Civil Veterinary Department. Madras. Admin. report 1926-33 - 1926-1933
Year: 1926
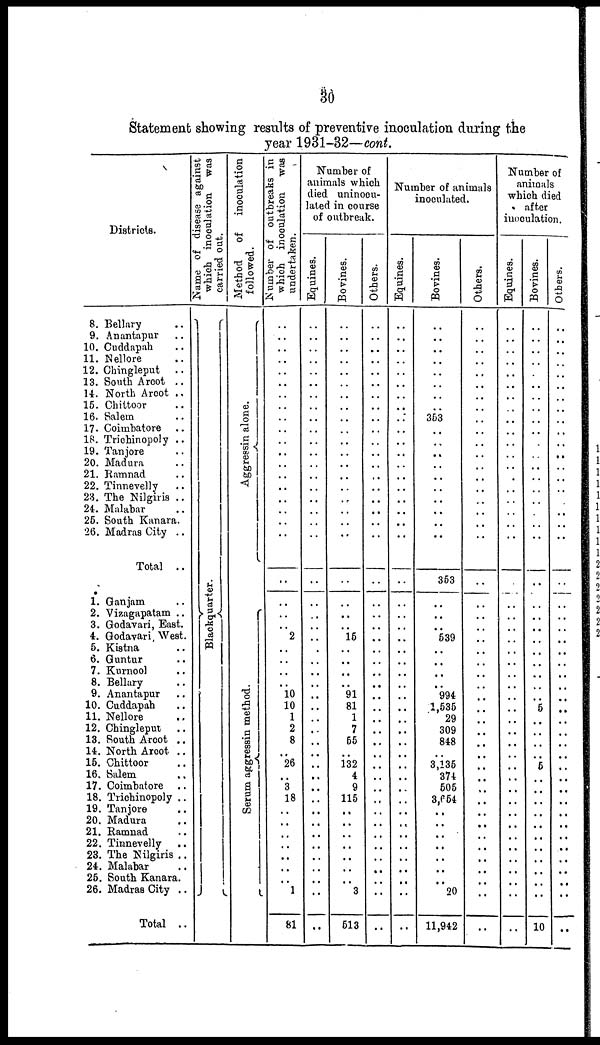
30
Statement showing results of preventive inoculation during the
year 1931-32—cont.
Districts.
8. Bellary ..
9. Anantapur ..
10. Cuddapah ..
11. Nellore ..
12. Chingleput
..
13. South Arcot ..
14. North Arcot ..
15. Chittoor ..
16. Salem ..
17. Coimbatore ..
18. Trichinopoly ..
19. Tanjore ..
20. Madura ..
21. Ramnad ..
22. Tinnevelly ..
28. The Nilgiris ..
24. Malabar ..
25. South Kanara.
26. Madras City ..
Total ..
1. Ganjam ..
2. Vizagapatam ..
3. Godavari, East.
4. Godavari, West.
5. Kistna ..
6. Guntur ..
7. Kurnool ..
8. Bellury ..
9. Anantapur ..
10. Cuddapah ..
11. Nellore ..
12. Chingleput ..
13. South Arcot ..
14. North Arcot ..
15. Chittoor ..
16. Salem ..
17. Coimbatore ..
18. Trichinopoly ..
19. Tanjore ..
20. Madura ..
21. Ramnad ..
22. Tinnevelly
..
23. The Nilgiris ..
24. Malabar ..
25. South Kanara.
26. Madras City ..
Total ..
Name of disease against
which inoculation
was
carried out.
Blackquarter.
Method
of inoculation
followed.
Aggressin alone.
Serum aggressin method.
Number of outbreaks in
which inoculation was
undertaken.
..
..
..
..
..
..
..
..
..
..
..
..
..
..
..
..
..
..
..
..
..
..
..
2
..
..
..
..
10
10
1
2
8
..
26
..
3
18
..
..
..
..
..
..
..
1
81
Number of
animals which
died uninoou-
lated in course
of outbreak.
Equines.
..
..
..
..
..
..
..
..
..
..
..
..
..
..
..
..
..
..
..
..
..
..
..
..
..
..
..
..
..
..
..
..
..
..
..
..
..
..
..
..
..
..
..
..
..
..
..
Bovines.
..
..
..
..
..
..
..
..
..
..
..
..
..
..
..
..
..
..
..
..
..
..
..
15
..
..
..
..
91
81
1
7
65
..
132
4
9
115
..
..
..
..
..
..
..
3
513
Others.
..
..
..
..
..
..
..
..
..
..
..
..
..
..
..
..
..
..
..
..
..
..
..
..
..
..
..
..
..
..
..
..
..
..
..
..
..
..
..
..
..
..
..
..
..
..
..
Number of animals
inoculated.
Equines.
..
..
..
..
..
..
..
..
..
..
..
..
..
..
..
..
..
..
..
..
..
..
..
..
..
..
..
..
..
..
..
..
..
..
..
..
..
..
..
..
..
..
..
..
..
..
..
Bovines.
..
..
..
..
..
..
..
..
353
..
..
..
..
..
..
..
..
..
..
353
..
..
..
539
..
..
..
..
994
1,535
29
309
848
..
3,135
374
505
3,654
..
..
..
..
..
..
..
20
11,942
Others.
..
..
..
..
..
..
..
..
..
..
..
..
..
..
..
..
..
..
..
..
..
..
..
..
..
..
..
..
..
..
..
..
..
..
..
..
..
..
..
..
..
..
..
..
..
..
..
Number of
animals
which died
after
inoculation.
Equines.
..
..
..
..
..
..
..
..
..
..
..
..
..
..
..
..
..
..
..
..
..
..
..
..
..
..
..
..
..
..
..
..
..
..
..
..
..
..
..
..
..
..
..
..
..
..
..
Bovines.
..
..
..
..
..
..
..
..
..
..
..
..
..
..
..
..
..
..
..
..
..
..
..
..
..
..
..
..
..
5
..
..
..
..
5
..
..
..
..
..
..
..
..
..
..
..
10
Others.
..
..
..
..
..
..
..
..
..
..
..
..
..
..
..
..
..
..
..
..
..
..
..
..
..
..
..
..
..
..
..
..
..
..
..
..
..
..
..
..
..
..
..
..
..
..
..